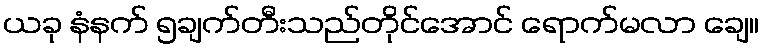
ယခု နံနက် ၅ချက်တီးသည်တိုင်အောင် ရောက်မလာ ချေ။